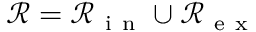
\mathcal R = \mathcal R _ { \mathrm { ~ i ~ n ~ } } \cup \mathcal R _ { \mathrm { ~ e ~ x ~ } }